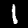
Digit: 1